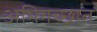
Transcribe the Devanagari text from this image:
अभिगच्छात्